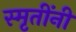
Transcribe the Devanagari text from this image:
स्मृतींनी